Leaving Certificate Examination, 1910
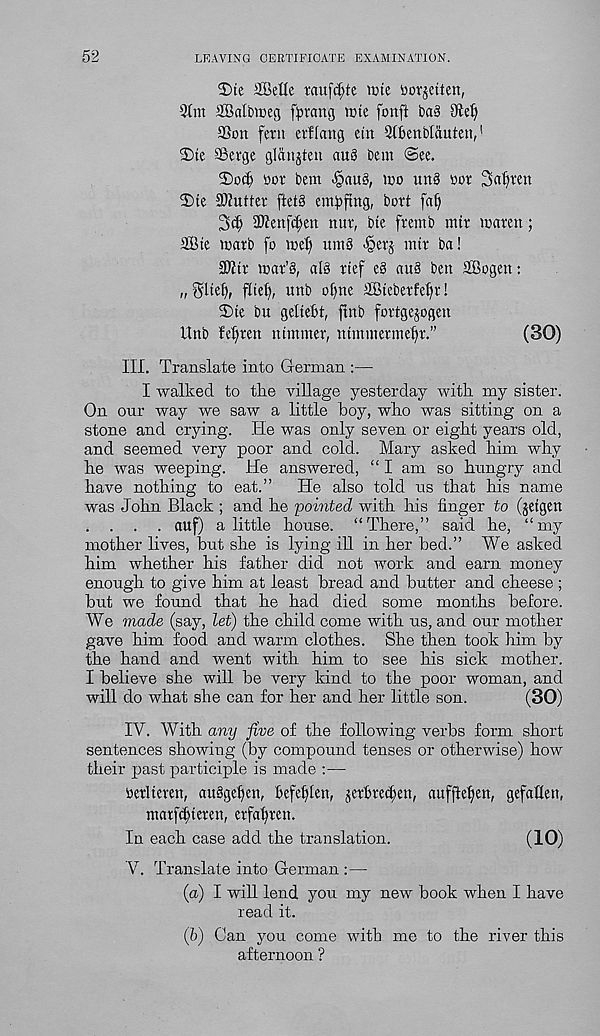
52
LEAVING CERTIFICATE EXAMINATION.
3)te SBeUe raufd;te line borjetten,
9tm SBalbiceg f^vang wte fonfi
9td)
SSon fetn erflang ein 3t5enblrtuten, 1
2)te SSerge glanjten auS bent @ee.
2)o(^ bor bem <§«U£S, tco un§ bob 3af)ten
I)te ®iutter ftet§ em^ftng, bort fat)
3d) 3J?ettfc^en nur, bte fremb mtr warett;
2Bte tnatb fo tbef) umS ^erj nut ba!
2Jitt tbat’§, al§ ttef e§ au§ ben SBogett:
„ ^Itet), fltel), unb ot)ne aBtcbetfet)t!
2)te bu geltebt, ftnb fottgejogen
Unb fe[)ten tttmmer, mmtnevmeft.”
(30)
III. Translate into German :—
I walked to tire village yesterday with my sister.
On our way we saw a little boy, who was sitting on a
stone and crying. He was only seven or eight years old,
and seemed very poor and cold. Mary asked him why
he was weeping. He answered, “ I am so hungry and
have nothing to eat.”
He also told us that his name
was John Black ; and he 'pointed with his finger to (jetgen
. . . . auf) a little house. “There,” said he, “my
mother lives, but she is lying ill in her bed.” We asked
him whether his father did not work and earn money
enough to give him at least bread and butter and cheese;
but we found that he had died some months before.
We made (say, let) the child come with us, and our mother
gave him food and warm clothes. She then took him by
the hand and went with him to see his sick mother.
I believe she will be very kind to the poor woman, and
will do what she can for her and her little son.
(30)
IV. With any five of the following verbs form short
sentences showing (by compound tenses or otherwise) how
their past participle is made :—
betlteren, aubgefeu, befeflen, jerbfed)en, aufftefien, gefahcn,
matfcfuemt, etfafyren.
In each case add the translation.
(10)
V. Translate into German :—
(a) I will lend you my new book when I have
read it.
(b) Can you come with me to the river this
afternoon ?